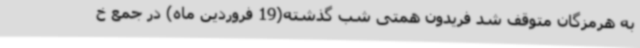
به هرمزگان متوقف شد فریدون همتی شب گذشته(19 فروردین ماه) در جمع خ